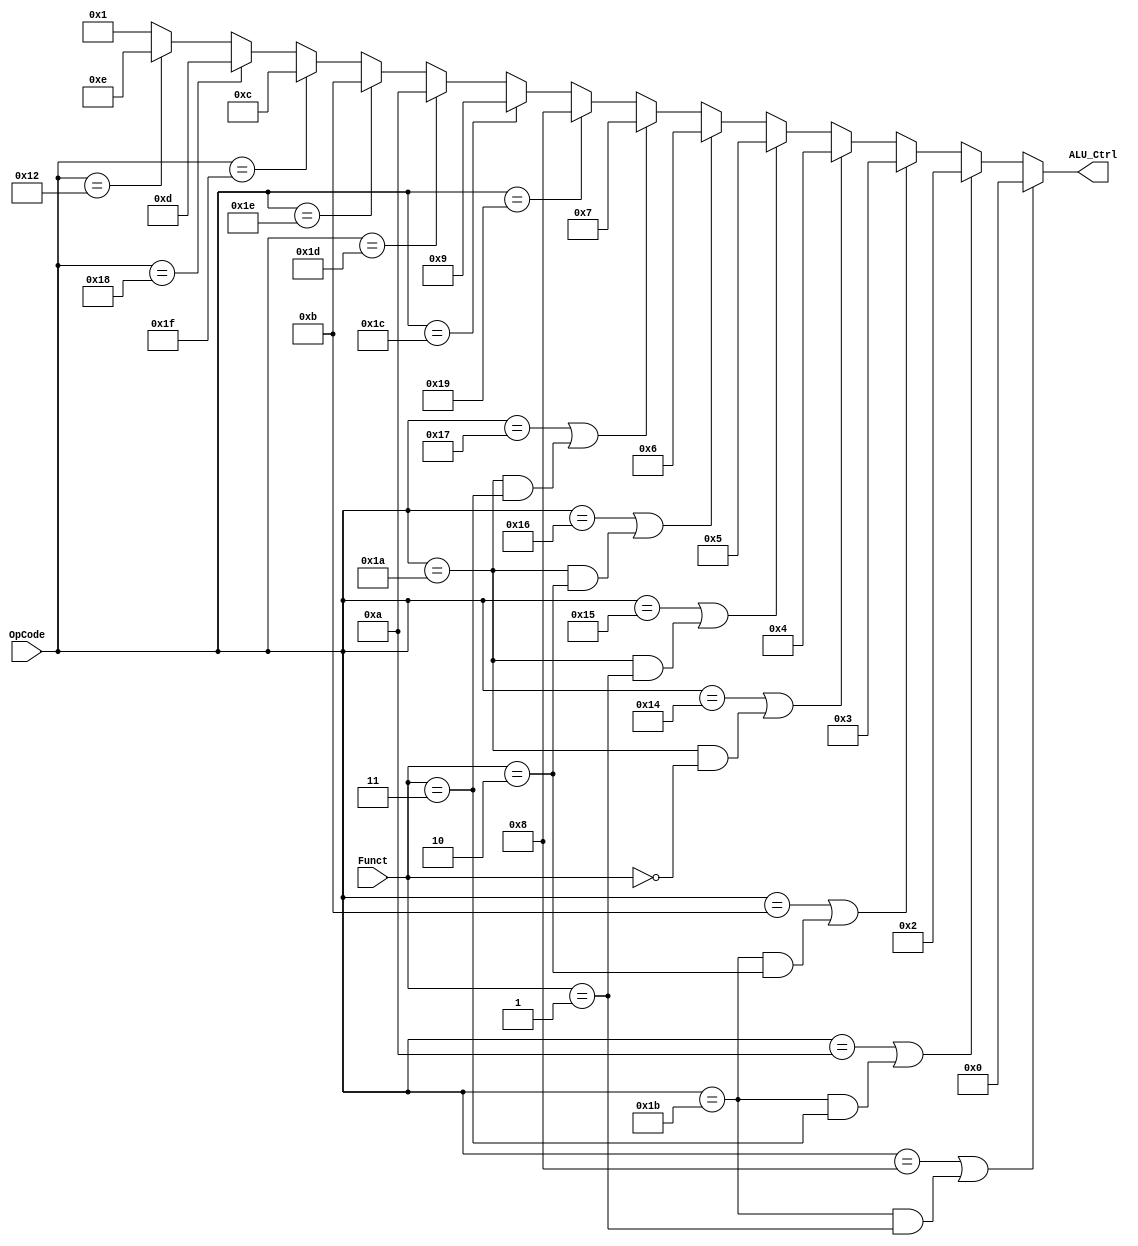

module ALU_Ctrl (OpCode, Funct, ALU_Ctrl);

input [4:0]	OpCode;
input [1:0]	Funct;
output [3:0]	ALU_Ctrl;

assign ALU_Ctrl = ((OpCode == 5'b01000) | ((OpCode == 5'b11011) & (Funct == 2'b01))) ? 4'b0000 : 
		((OpCode == 5'b01010) | ((OpCode == 5'b11011) & (Funct == 2'b11))) ? 4'b0010 :
		((OpCode == 5'b01011) | ((OpCode == 5'b11011) & (Funct == 2'b10))) ? 4'b0011 :
		((OpCode == 5'b10100) | ((OpCode == 5'b11010) & (Funct == 2'b00))) ? 4'b0100 :
		((OpCode == 5'b10101) | ((OpCode == 5'b11010) & (Funct == 2'b01))) ? 4'b0101 :
		((OpCode == 5'b10110) | ((OpCode == 5'b11010) & (Funct == 2'b10))) ? 4'b0110 :
		((OpCode == 5'b10111) | ((OpCode == 5'b11010) & (Funct == 2'b11))) ? 4'b0111 :
		(OpCode == 5'b11001)  ? 4'b1000 :
		(OpCode == 5'b11100)  ? 4'b1001 :
		(OpCode == 5'b11101)  ? 4'b1010 :
		(OpCode == 5'b11110)  ? 4'b1011 :
		(OpCode == 5'b11111)  ? 4'b1100 :
		(OpCode == 5'b11000)  ? 4'b1101 :
		(OpCode == 5'b10010)  ? 4'b1110 : 4'b0001;

endmodule